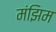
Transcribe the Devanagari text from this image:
मंझिम